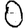
Digit: 0